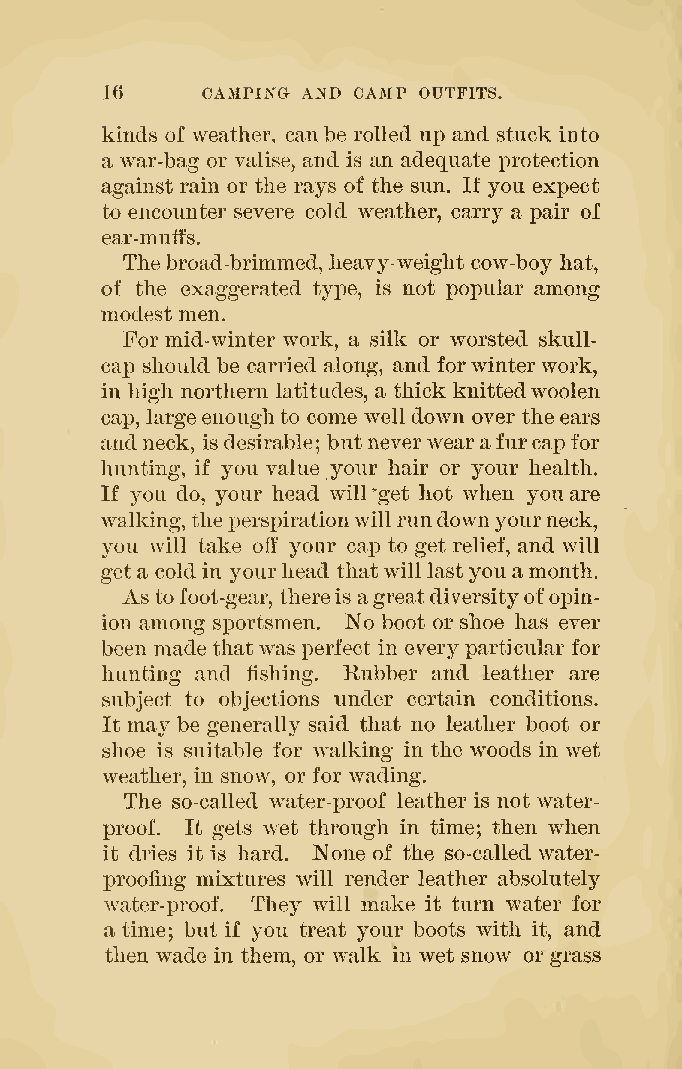
16    CAMPING AND CAMP OUTFITS.
 kinds of weather, canbe rolled up and stuck into
 a war-bag or valise, and is an adequate protection
 against rain or the rays of the sun. If you expect
 to encounter severe cold weather, carry a pair of
 ear-muffs.
 The broad-brimmed, heavy-weight cow-boy hat,
 of the exaggerated tyi)e, is not popular among
 modest men.
 For mid-winter work, a silk or worsted skull-
 cap should be carried along, and forwinterwork,
 in high northern latitudes, a thick knittedwoolen
 cap, large enoughto come welldown over the ears
 andneck, isdesirable; butneverwearafurcap for
 hunting, if you value your hair or your health.
 If you do, your head will''get hot when you are
 walking, theperspirationwill rundownyourneck,
 you will take off your cap to get relief, and will
 geta coldin yourhead thatwilllastyou amonth.
 As to foot-gear, thereis agreatdiversityofopin-
 ion among sportsmen. No boot or shoe has ever
 been made thatwas i^erfect in every particular for
 hunting and fishing. Rubber and leather are
 subject to objections under certain conditions.
 It may be generally said that no leather boot or
 shoe is suitable for walking in the woods in wet
 weather, in snow, or for wading.
 The so-called water-proof leather is not water-
 proof. It gets wet through in time; then when
 it dries it is hard. None of the so-called water-
 proofing mixtures will render leather absolutely
 water-proof. They will make it turn water for
 a time; but if you treat your boots with it, and
 then wade in them, or walk in wet snow or grass